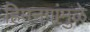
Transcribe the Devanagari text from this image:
हिमनगांमुळे